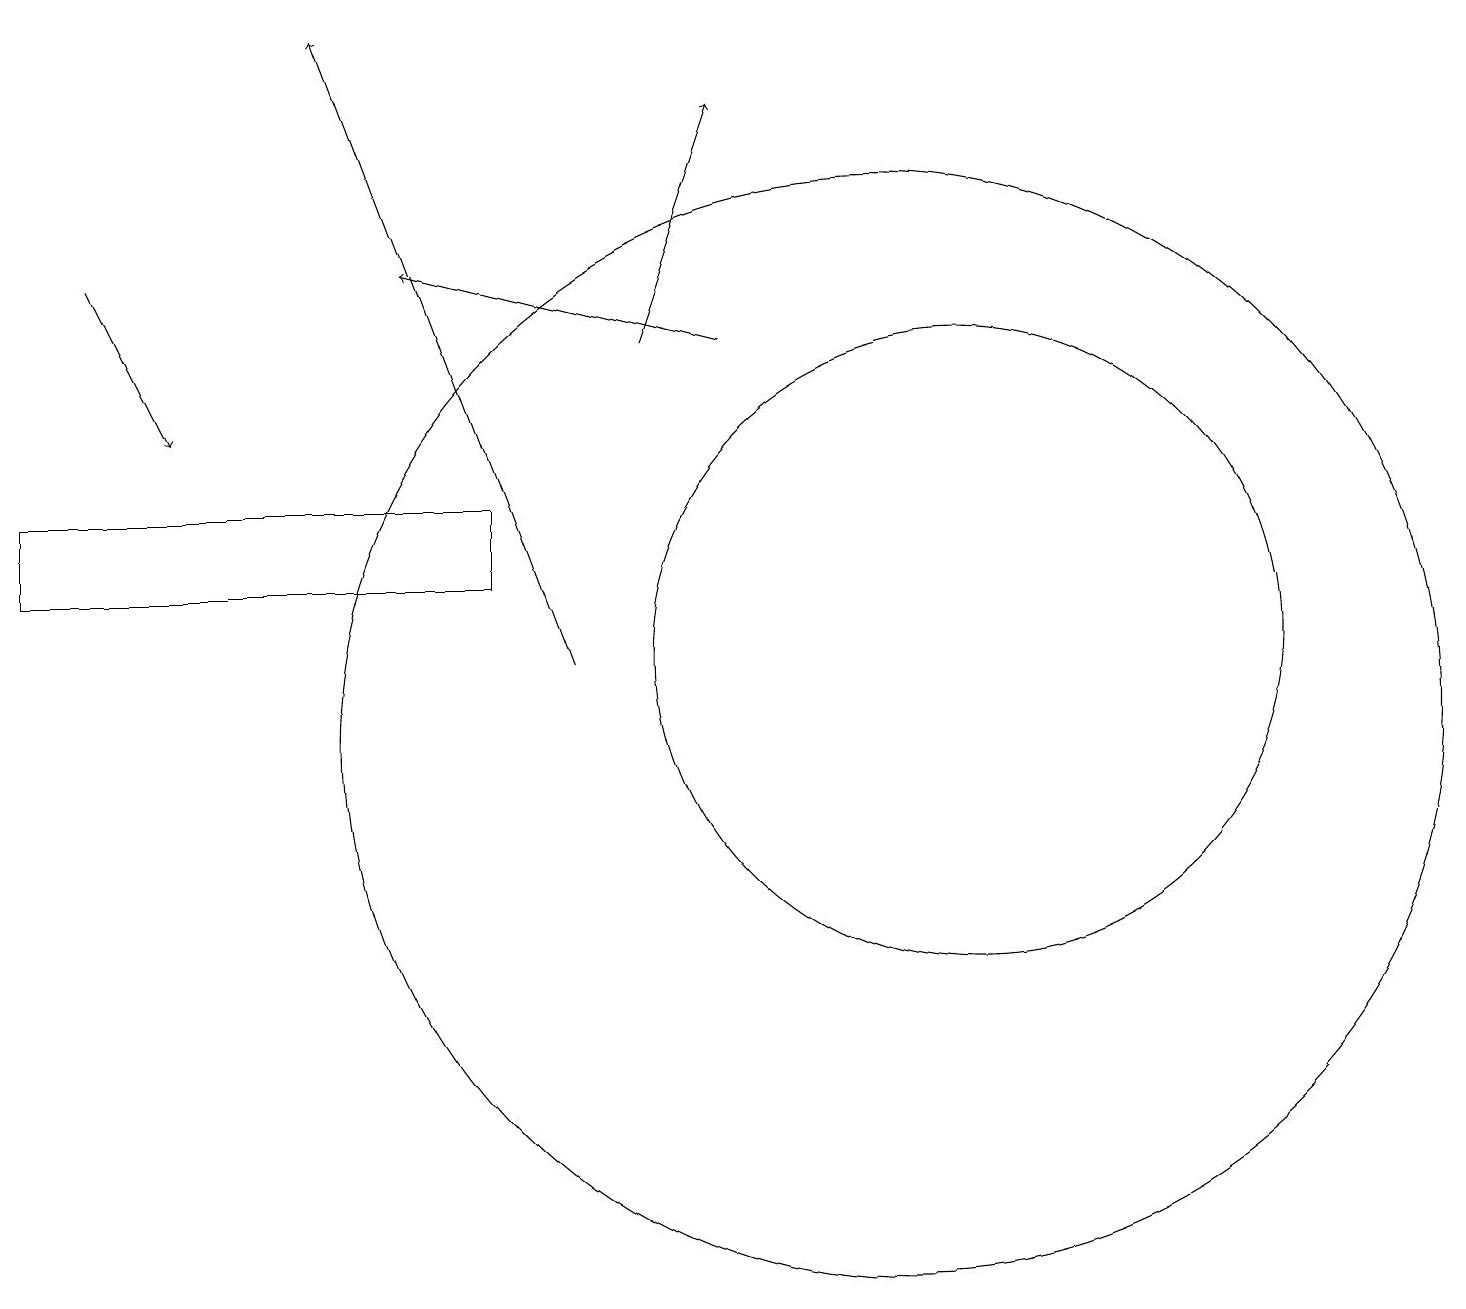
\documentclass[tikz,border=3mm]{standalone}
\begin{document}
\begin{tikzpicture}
\draw (12,11) circle (4);
\draw (11,10) circle (7);
\draw[->] (1,16) -- (2,14);
\draw[->] (8,15) -- (9,18);
\draw[->] (9,15) -- (5,16);
\draw (6,12) rectangle (0,13);
\draw[->] (7,11) -- (4,19);
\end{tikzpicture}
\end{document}